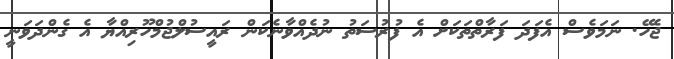
ޖެހޭ. ނަމަވެސް އެފަދަ ފަރާތްތަކަށް އެ ފުރުސަތު ނުދެއްވާނެކަން ރައީސުލްޖުމްހޫރިއްޔާ އެ ގެންދަވަނީ